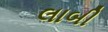
લાબી